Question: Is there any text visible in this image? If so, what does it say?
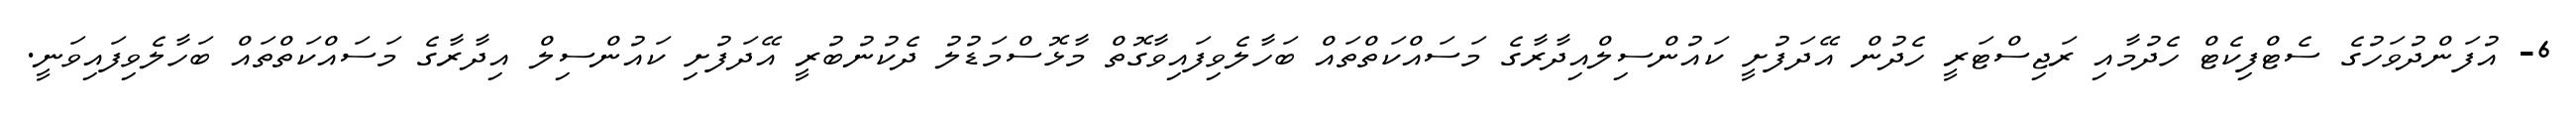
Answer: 6- އުފަންދުވަހުގެ ސެޓްފިކެޓް ހެދުމާއި ރަޖިސްޓަރީ ހެދުން އޭދަފުށީ ކައުންސިލްއިދާރާގެ މަސައްކަތްތައް ބަހާލެވިފައިވާގޮތް މާޅޮސްމަޑުލު ދެކުނުބުރީ އޭދަފުށި ކައުންސިލް އިދާރާގެ މަސައްކަތްތައް ބަހާލެވިފައިވަނީ.